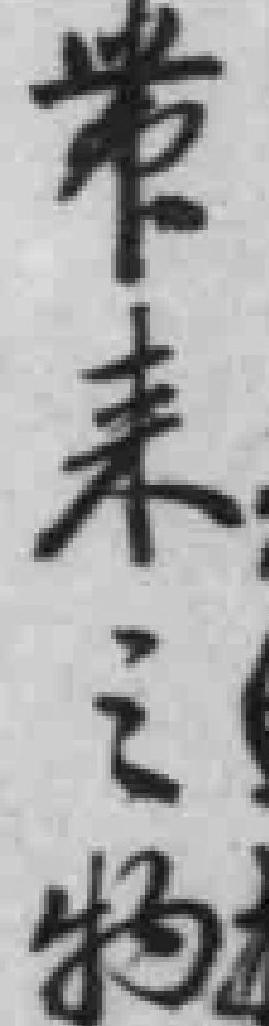
带来之物